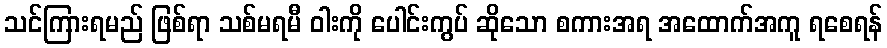
သင်ကြားရမည် ဖြစ်ရာ သစ်မရမီ ဝါးကို ပေါင်းကွပ် ဆိုသော စကားအရ အထောက်အကူ ရစေရန်